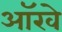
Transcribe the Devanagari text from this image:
आॅखे